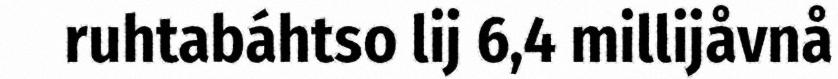
ruhtabáhtso lij 6,4 millijåvnå